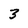
Character: 3